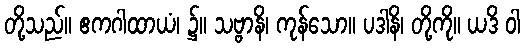
တို့သည်။ ဧကဂါထာယံ၊ ၌။ သဗ္ဗာနိ၊ ကုန်သော။ ပဒါနိ၊ တို့ကို။ ယဒိ ဝါ